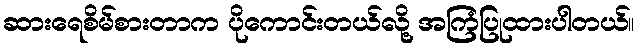
ဆားရေစိမ်စားတာက ပိုကောင်းတယ်လို့ အကြံပြုထားပါတယ်။